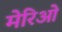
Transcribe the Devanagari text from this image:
मेरिओं